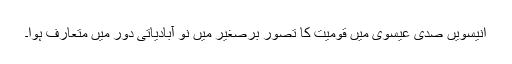
انیسویں صدی عیسوی میں قومیت کا تصور برصغیر میں نو آبادیاتی دور میں متعارف ہوا۔